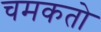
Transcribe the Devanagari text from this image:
चमकतो